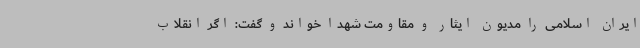
ایران اسلامی را مدیون ایثار و مقاومت شهدا خواند و گفت: اگر انقلاب